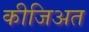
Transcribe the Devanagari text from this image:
कीजिअत